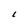
Character: L